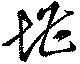
堪